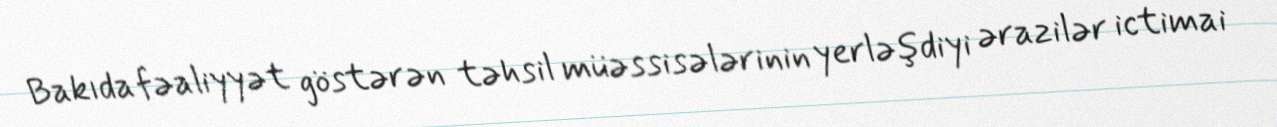
Bakıda fəaliyyət göstərən təhsil müəssisələrinin yerləşdiyi ərazilər ictimai